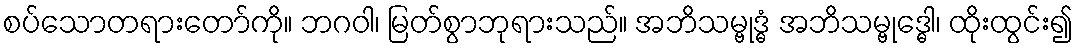
စပ်သောတရားတော်ကို။ ဘဂဝါ၊ မြတ်စွာဘုရားသည်။ အဘိသမ္ဗုဒ္ဓံ အဘိသမ္ဗုဒ္ဓေါ၊ ထိုးထွင်း၍